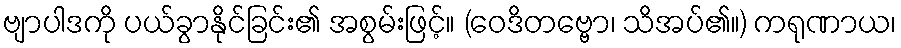
ဗျာပါဒကို ပယ်ခွာနိုင်ခြင်း၏ အစွမ်းဖြင့်။ (ဝေဒိတဗ္ဗော၊ သိအပ်၏။) ကရုဏာယ၊